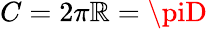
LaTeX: C=2\pi\mathbb{R}=\piD